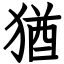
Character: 猶